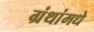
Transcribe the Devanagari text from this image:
ग्रंथांमधे